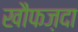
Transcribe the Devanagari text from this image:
खौफज़दा